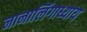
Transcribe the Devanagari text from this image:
नानालिंगाध्याय